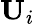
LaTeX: \textbf{U}_{i}